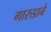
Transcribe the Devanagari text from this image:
गारुडाने